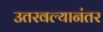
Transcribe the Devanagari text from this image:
उतरवल्यानंतर